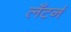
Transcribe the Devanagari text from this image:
लँटर्न